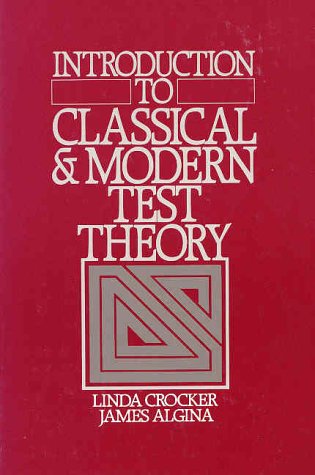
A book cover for Introduction to Classical and Modern Test Theory; Linda Crocker; Education & Teaching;